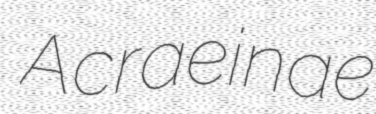
Acraeinae